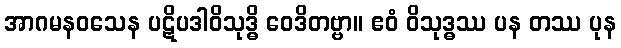
အာဂမနဝသေန ပဋိပဒါဝိသုဒ္ဓိ ဝေဒိတဗ္ဗာ။ ဧဝံ ဝိသုဒ္ဓဿ ပန တဿ ပုန